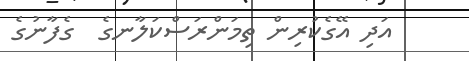
އަދި އޭގެކުރިން ތިމަންރަސްކަލާނގެ  ގެފާނުގެ